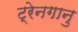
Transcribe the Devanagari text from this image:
ट्रेनगानु